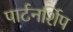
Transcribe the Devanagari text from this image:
पार्टनर्शिप